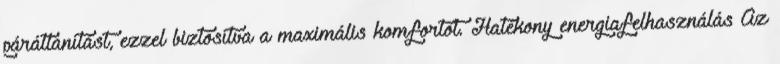
párátlanítást, ezzel biztosítva a maximális komfortot. Hatékony energiafelhasználás Az